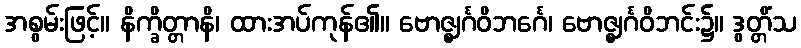
အစွမ်းဖြင့်။ နိက္ခိတ္တာနိ၊ ထားအပ်ကုန်၏။ ဗောဇ္ဈင်္ဂဝိဘင်္ဂေ၊ ဗောဇ္ဈင်္ဂဝိဘင်း၌။ ဒွတ္တိံသ